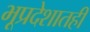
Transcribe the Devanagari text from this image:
भूप्रदेशातही